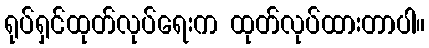
ရုပ်ရှင်ထုတ်လုပ်ရေးက ထုတ်လုပ်ထားတာပါ။